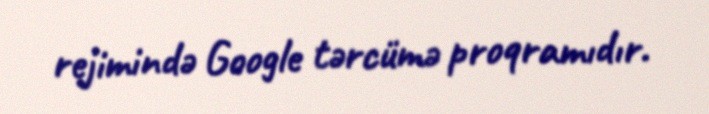
rejimində Google tərcümə proqramıdır.